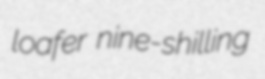
loafer nine-shilling